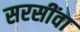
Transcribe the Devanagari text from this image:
सरसींवा